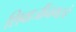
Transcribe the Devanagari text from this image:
शिवाजींनगरचे